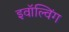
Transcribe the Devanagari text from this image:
इवॉल्विंग